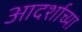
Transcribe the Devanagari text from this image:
आदर्शाच्या